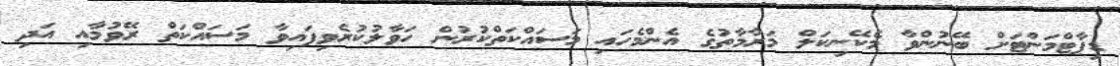
ޑިޕާޓްމަންޓަށް ބޭނުންވާ މެކޭނިކަލް މަރާމާތުގެ އެންމެހައި މަސައްކަތްކުރުން ހަވާލުކުރެވިފައިވާ މަސައްކަތް ރޭވުމާއި އަދި